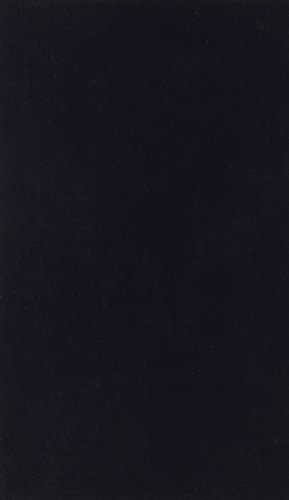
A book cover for Baptist Church Manual; James  M. Pendleton; Christian Books & Bibles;